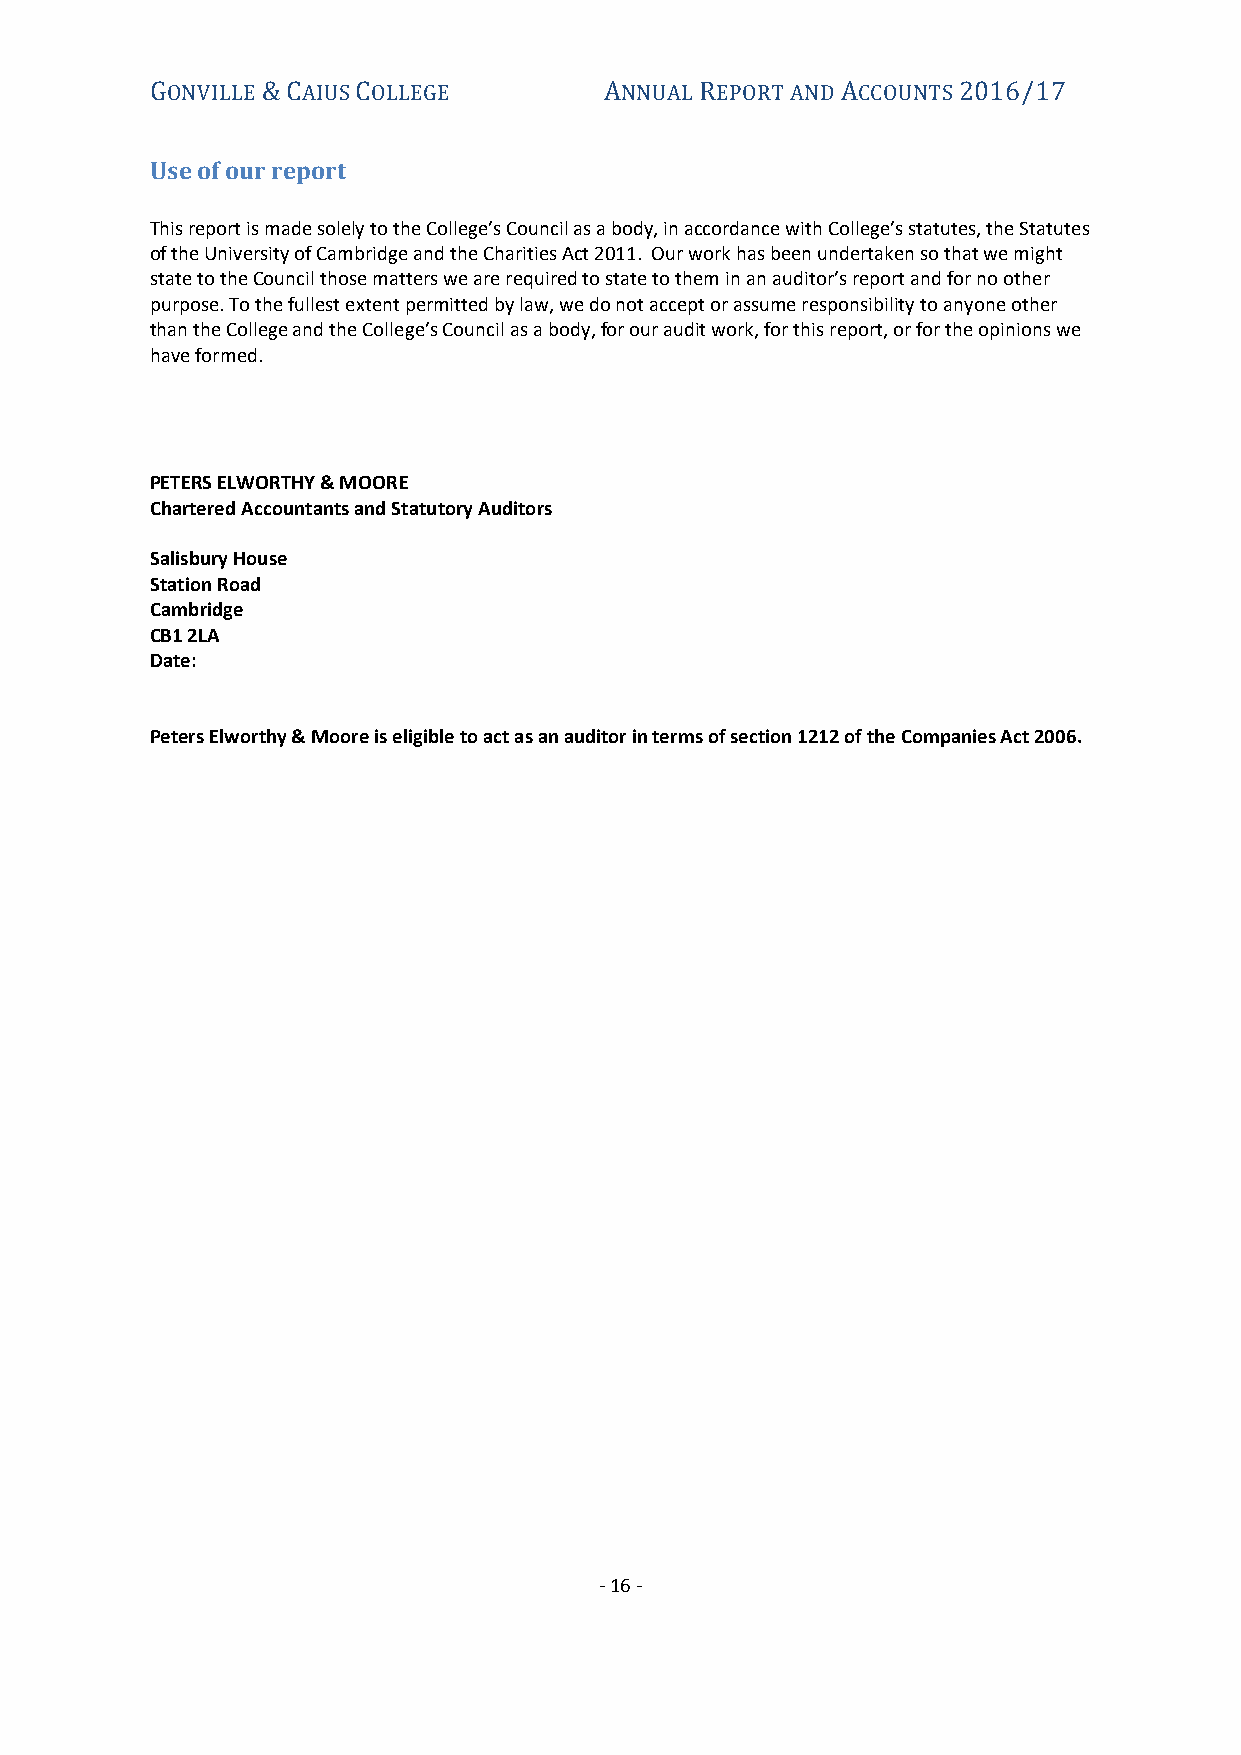
ONVILLE  AIUS OLLEGE          NNUAL EPORT AND CCOUNTS
 G      &C     C               A     R         A      2016/17
 Use of our report
 This report is made solely to the College’s Council as a body, in accordance with College’s statutes, the Statutes
 of the University of Cambridge and the Charities Act 2011. Our work has been undertaken so that we might
 state to the Council those matters we are required to state to them in an auditor’s report and for no other
 purpose. To the fullest extent permitted by law, we do not accept or assume responsibility to anyone other
 than the College and the College’s Council as a body, for our audit work, for this report, or for the opinions we
 have formed.
 PETERS ELWORTHY & MOORE
 Chartered Accountants and Statutory Auditors
 Salisbury House
 Station Road
 Cambridge
 CB1 2LA
 Date:
 Peters Elworthy & Moore is eligible to act as an auditor in terms of section 1212 of the Companies Act 2006.
 - 16 -